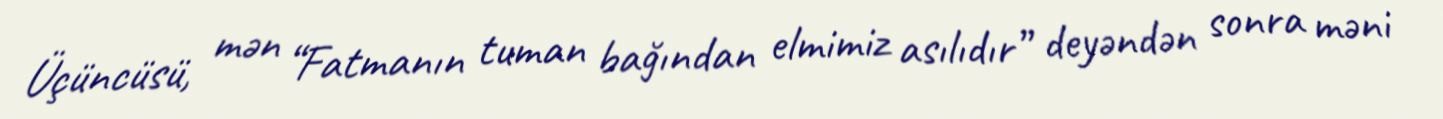
Üçüncüsü, mən “Fatmanın tuman bağından elmimiz asılıdır” deyəndən sonra məni